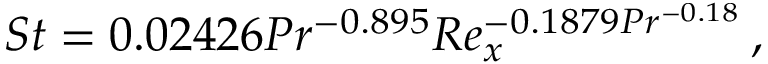
S t = 0 . 0 2 4 2 6 P r ^ { - 0 . 8 9 5 } R e _ { x } ^ { - 0 . 1 8 7 9 P r ^ { - 0 . 1 8 } } \, ,